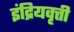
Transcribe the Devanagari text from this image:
इंद्रियवृत्ती